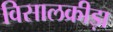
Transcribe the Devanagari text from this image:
विसालक्रीड़ा